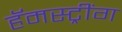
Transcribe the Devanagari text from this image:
हॅमस्ट्रींग